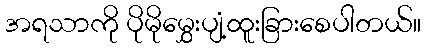
အရသာကို ပိုမိုမွှေးပျံ့ထူးခြားစေပါတယ်။